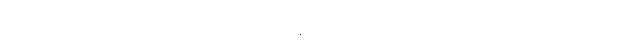
အဆိုပါ သတင်းနဲ့ ပတ်သက်ပြီး တာဝန်ရှိသူတစ်ဦးက အခုလိုပဲပြောကြားခဲ့ပါတယ်။